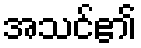
အသင်၏